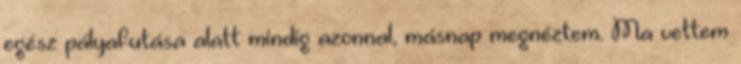
egész pályafutása alatt mindig azonnal, másnap megnéztem. Ma vettem